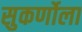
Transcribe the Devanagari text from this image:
सुकर्णोला